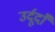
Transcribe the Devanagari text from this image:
उर्दूदाँ